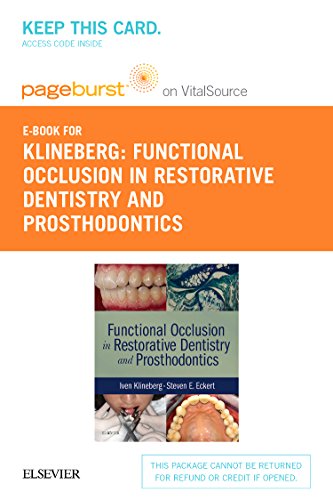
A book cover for Functional Occlusion in Restorative Dentistry and Prosthodontics - Pageburst E-Book on VitalSource (Retail Access Card), 1e; Iven Klineberg; Medical Books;